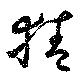
猜